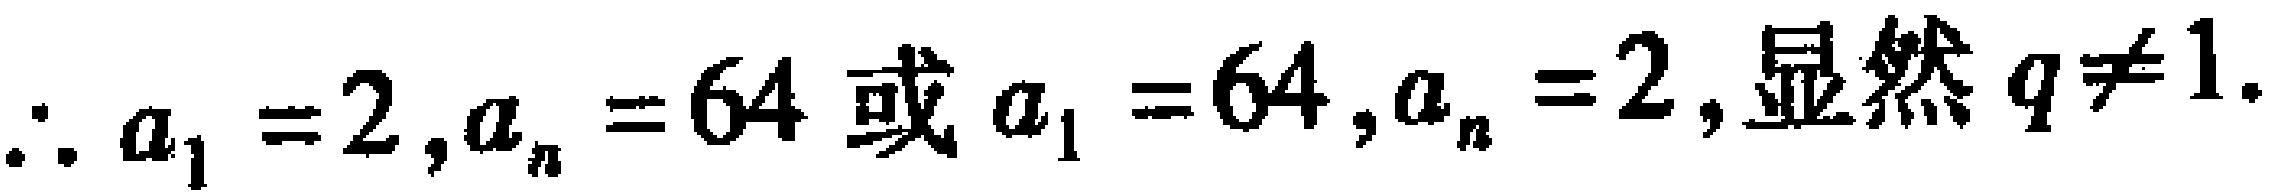
$\therefore a_{1}=2,a_{n}=64\ 或\ a_{1}=64,a_{n}=2,显然\ q\neq 1.$